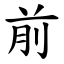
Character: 前